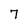
Character: 7